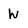
Character: W